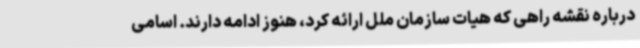
درباره نقشه راهی که هیات سازمان ملل ارائه کرد، هنوز ادامه دارند. اسامی